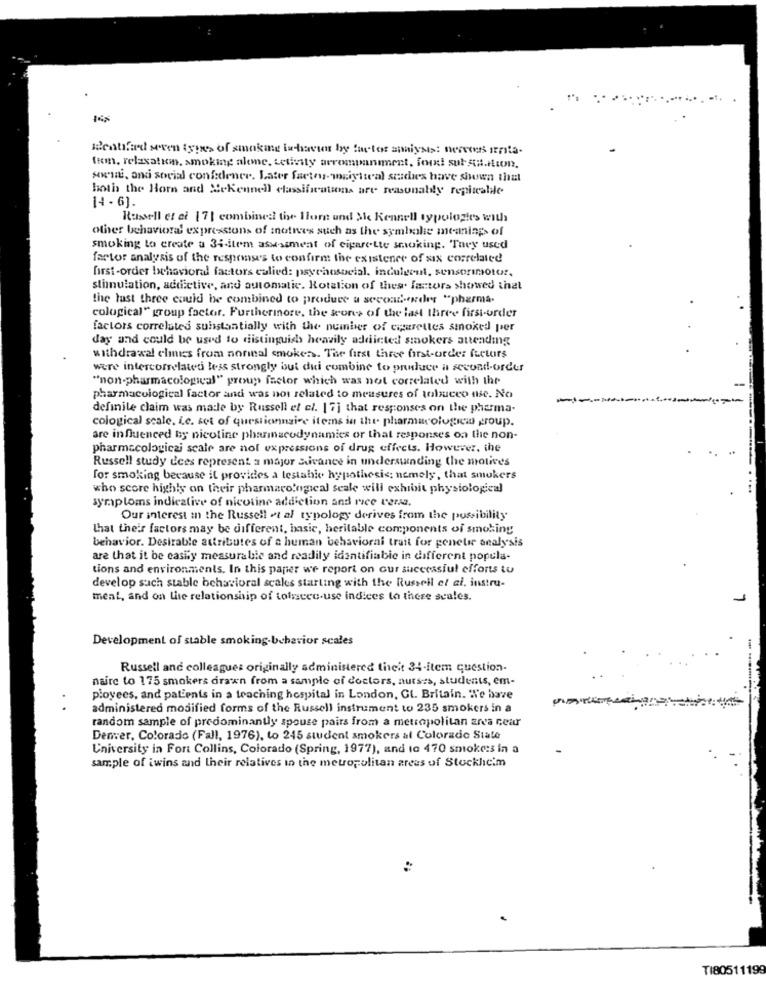
tue, relaxation, smoking alone, Letivity avrompaniment, forxi subq#.ilion,
sowie, andi social confidence. Later facteur- weiytteal stadwes have shown that
both the Horn and Aekennell classifications are reasonably repitealile
14 - 6].
Russell et ai [7] combined tiwe llore und She Kennell typologies with
other behavioral expressions of motives such as the symbole meanings of
smoking to create a 34-item assessment of cigarette smoking. They used
factor analysis of the responses to confirm the existence of six correlated
first-order behavioral factors calied: psychosocial. indulgent, sensorimotor,
stimulation, addictive, and automatic. Rotation of thes. factors showed that
the last three could be combined to produce a second-ender "pharma.
cological" group factor. Furthermore, the seone of the last three first-order
factors correlates substantially with the number of cigarettes smoked per
day and could be used to distinguish heavily addicted smokers attending
withdrawal clinics from norinal smokes. The first three first-order factors
were intercorrelates less strongly but dui combine to produce a second-order
"non-pharmacological" group factor which was not correlated with the
pharmacological factor and was not related to measures of tobuceo me. No
definile claim was made by Russell et el. 17] that responses on the pharma-
cological scale. Le. sot of questionnaire items in the pharmacologiea group.
are influenced by nicotine pharmacodynamics or that responses on the non-
pharmacologicai scale are not expressions of drug effects. However, the
Russell study dees represent a major Avance in understanding the motives
for smoking because it provides a testable hypothesis; nemely, that smokers
who score highly on their pharmacological scale will exhibit physiological
symptoms indicative of nicotine addiction and rice versa.
Our interest in the Russell et al typology derives from the possibility
that their factors may be different, basic, herilable components of smoking
behavior. Desirable attributes of a human behaviorai trait for genetic analysis
are that it be easily measurable and readily identifiable in different popula-
tions and environments. In this paper we report on our successful efforts tu
develop such stable behavioral scales starting with the Russell el ai, instru-
ment, and on the relationship of tofsseec-use indices lo there scales.
Development of stable smoking.behavior scales
Russell and colleagues originally administered theit 34-item question-
naire to 175 smokers drawn from a sample of doctors, aurses, students, em-
ployees, and patients in a teaching hospital in London, Cl. Britain. We have
administered modified forms of the Russell instrument to 235 smokers in a
random sample of predominantly spouse pairs from a metropolitan area near
Denver, Colorado (Fall, 1976), to 245 student smokers al Colorado State
University in Fort Collins, Colorado (Spring, 1977), and to 470 smoke:s in a
sample of iwins and their relatives in the metropolitan areas of Stockheim
TI80511199